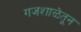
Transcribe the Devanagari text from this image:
गजशाळेतून